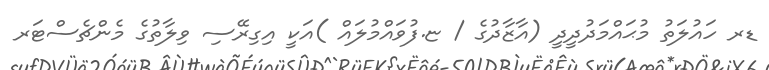
ޑރ ހައުލަތު މުޙައްމަދުދީދީ (އާޒާދުގެ / ޏ.ފުވައްމުލައް )އަކީ އިގިރޭސި ވިލާތުގެ މެންޗެސްޓަރ